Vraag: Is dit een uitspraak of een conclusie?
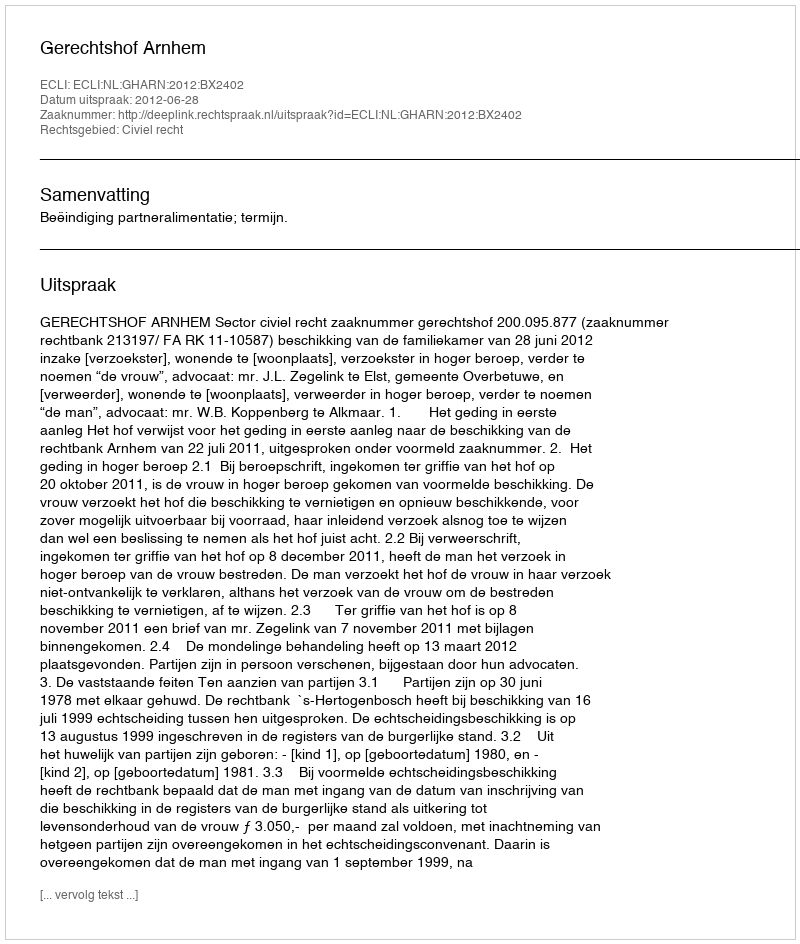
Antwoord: Uitspraak